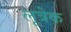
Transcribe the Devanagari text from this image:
लूत्रेक